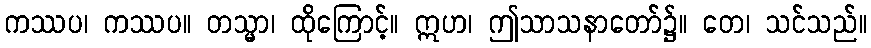
ကဿပ၊ ကဿပ။ တသ္မာ၊ ထိုကြောင့်။ ဣဟ၊ ဤသာသနာတော်၌။ တေ၊ သင်သည်။